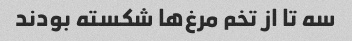
سه تا از تخم مرغ‌ها شکسته بودند